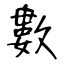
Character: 數